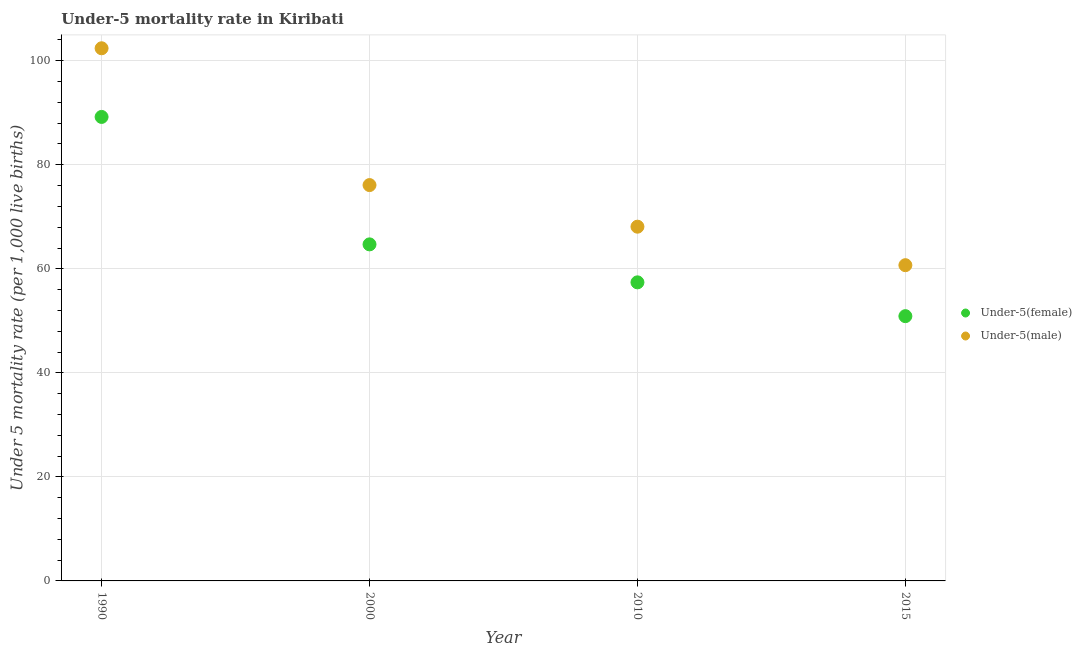
| Year | Under-5(female) | Under-5(male) |
 | --- | --- | --- |
 | 1990 | 89.2 | 102 |
 | 2000 | 64.7 | 76.1 |
 | 2010 | 57.4 | 68.1 |
 | 2015 | 50.9 | 60.7 |